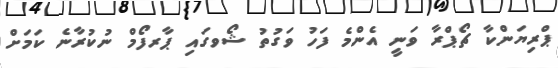
ޕްރިޔަންކާ ޗޯޕްރާ ވަނީ އެންމެ ފަހު ވަގުތު ޝޯވގައި ޕާރފޯމް ނުކުރާނެ ކަމަށް